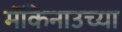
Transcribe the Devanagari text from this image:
मॅकिनाउच्या